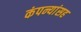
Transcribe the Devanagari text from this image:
कंपन्यांसह